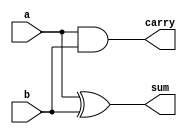
`timescale 1ns / 1ps
//////////////////////////////////////////////////////////////////////////////////
// Company: 
// Engineer: 
// 
// Design Name: 
// Module Name: ALU
// Project Name: 
// Target Devices: 
// Tool Versions: 
// Description: 
// 
// Dependencies: 
// 
// Revision:
// Revision 0.01 - File Created
// Additional Comments:
// 
//////////////////////////////////////////////////////////////////////////////////


module ALU(a,b,sum,carry);
input a,b;
output sum,carry;

assign sum = a^b;
assign carry=a&b;

endmodule